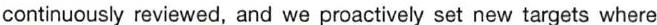
continuously reviewed, and we proactively set new targets where